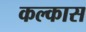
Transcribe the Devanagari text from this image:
कल्कास